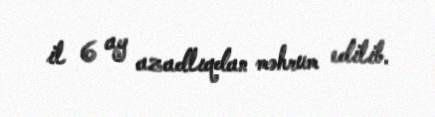
il 6 ay azadlıqdan məhrum edilib.